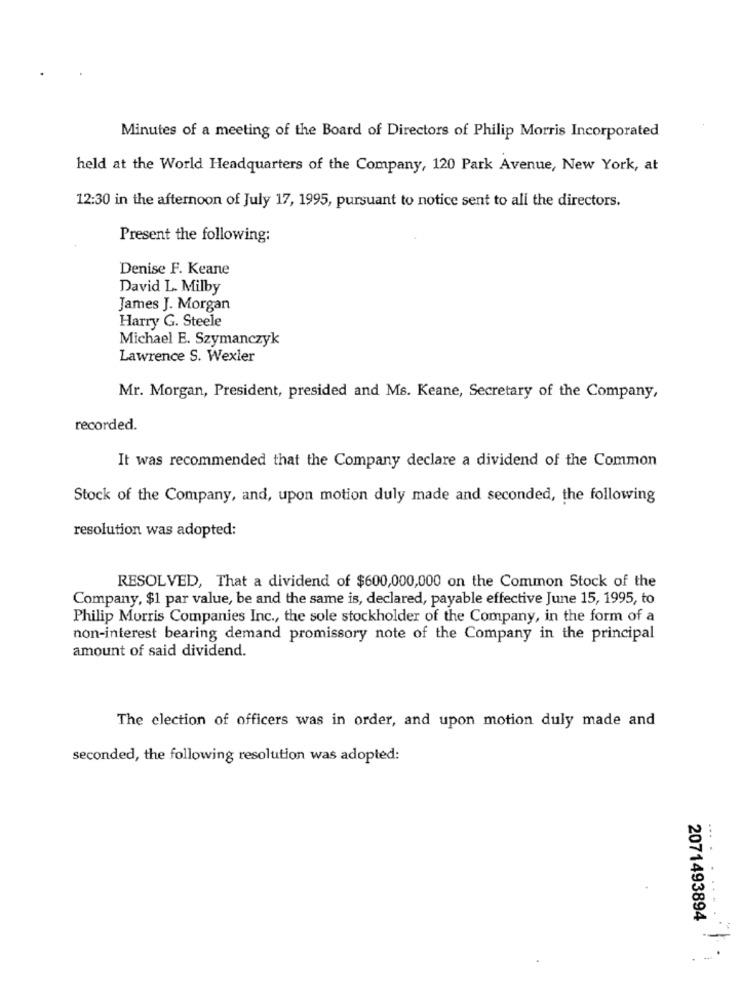
Minutes of a meeting of the Board of Directors of Philip Morris Incorporated
held at the World Headquarters of the Company, 120 Park Avenue, New York, at
12:30 in the afternoon of July 17, 1995, pursuant to notice sent to all the directors.
Present the following:
Denise F. Keane
David L. Milby
James J. Morgan
Harry G. Steele
Michael E. Szymanczyk
Lawrence S. Wexler
Mr. Morgan, President, presided and Ms. Keane, Secretary of the Company,
recorded.
It was recommended that the Company declare a dividend of the Common
Stock of the Company, and, upon motion duly made and seconded, the following
resolution was adopted:
RESOLVED, That a dividend of $600,000,000 on the Common Stock of the
Company, $1 par value, be and the same is, declared, payable effective June 15, 1995, to
Philip Morris Companies Inc ., the sole stockholder of the Company, in the form of a
non-interest bearing demand promissory note of the Company in the principal
amount of said dividend.
The election of officers was in order, and upon motion duly made and
seconded, the following resolution was adopted:
....
2071493894
--
- -